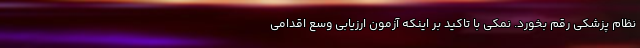
نظام پزشکی رقم بخورد. نمکی با تاکید بر اینکه آزمون ارزیابی وسع اقدامی